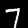
Digit: 7